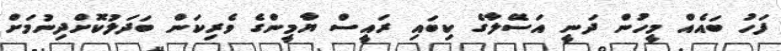
ފަހު ބައެއް މީހުން ދަނީ އަސޭލާގެ ކިބައި ރައީސް ޔާމީންގެ ވެރިކަން ބަދަލުކޮށްދިނުމަށް